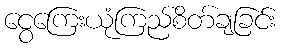
ငွေကြေးယုံကြည်စိတ်ချခြင်း